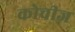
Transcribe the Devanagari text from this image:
कोचीज़